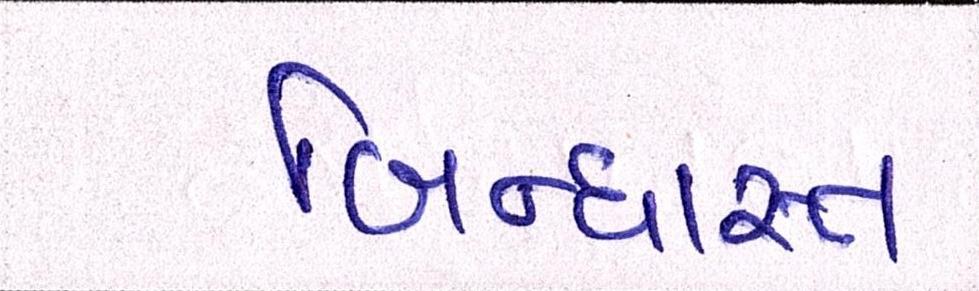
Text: બિન્ધાસ્ત